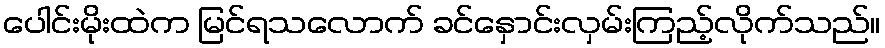
ပေါင်းမိုးထဲက မြင်ရသလောက် ခင်နှောင်းလှမ်းကြည့်လိုက်သည်။